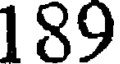
189